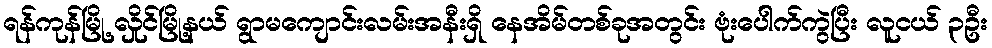
ရန်ကုန်မြို့ လှိုင်မြို့နယ် ရွာမကျောင်းလမ်းအနီးရှိ နေအိမ်တစ်ခုအတွင်း ဗုံးပေါက်ကွဲပြီး လူငယ် ၃ဦး